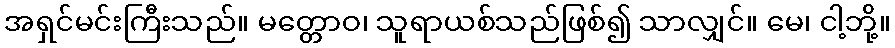
အရှင်မင်းကြီးသည်။ မတ္တောဝ၊ သူရာယစ်သည်ဖြစ်၍ သာလျှင်။ မေ၊ ငါ့ဘို့။